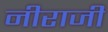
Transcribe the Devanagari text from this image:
नीराजी